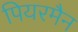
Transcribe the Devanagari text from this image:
पियरमैन